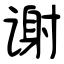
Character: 谢